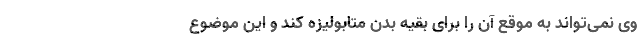
وی نمی‌تواند به موقع آن را برای بقیه بدن متابولیزه کند و این موضوع